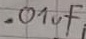
Text: .01µF